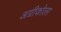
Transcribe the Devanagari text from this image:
अग्रीकोला